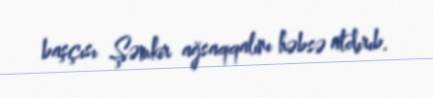
başçısı Şəmkir ağsaqqalını həbsə atdırıb.